NAE_ERA_R-1950_Eesti_Ajakirjanike_Liit, lk 86
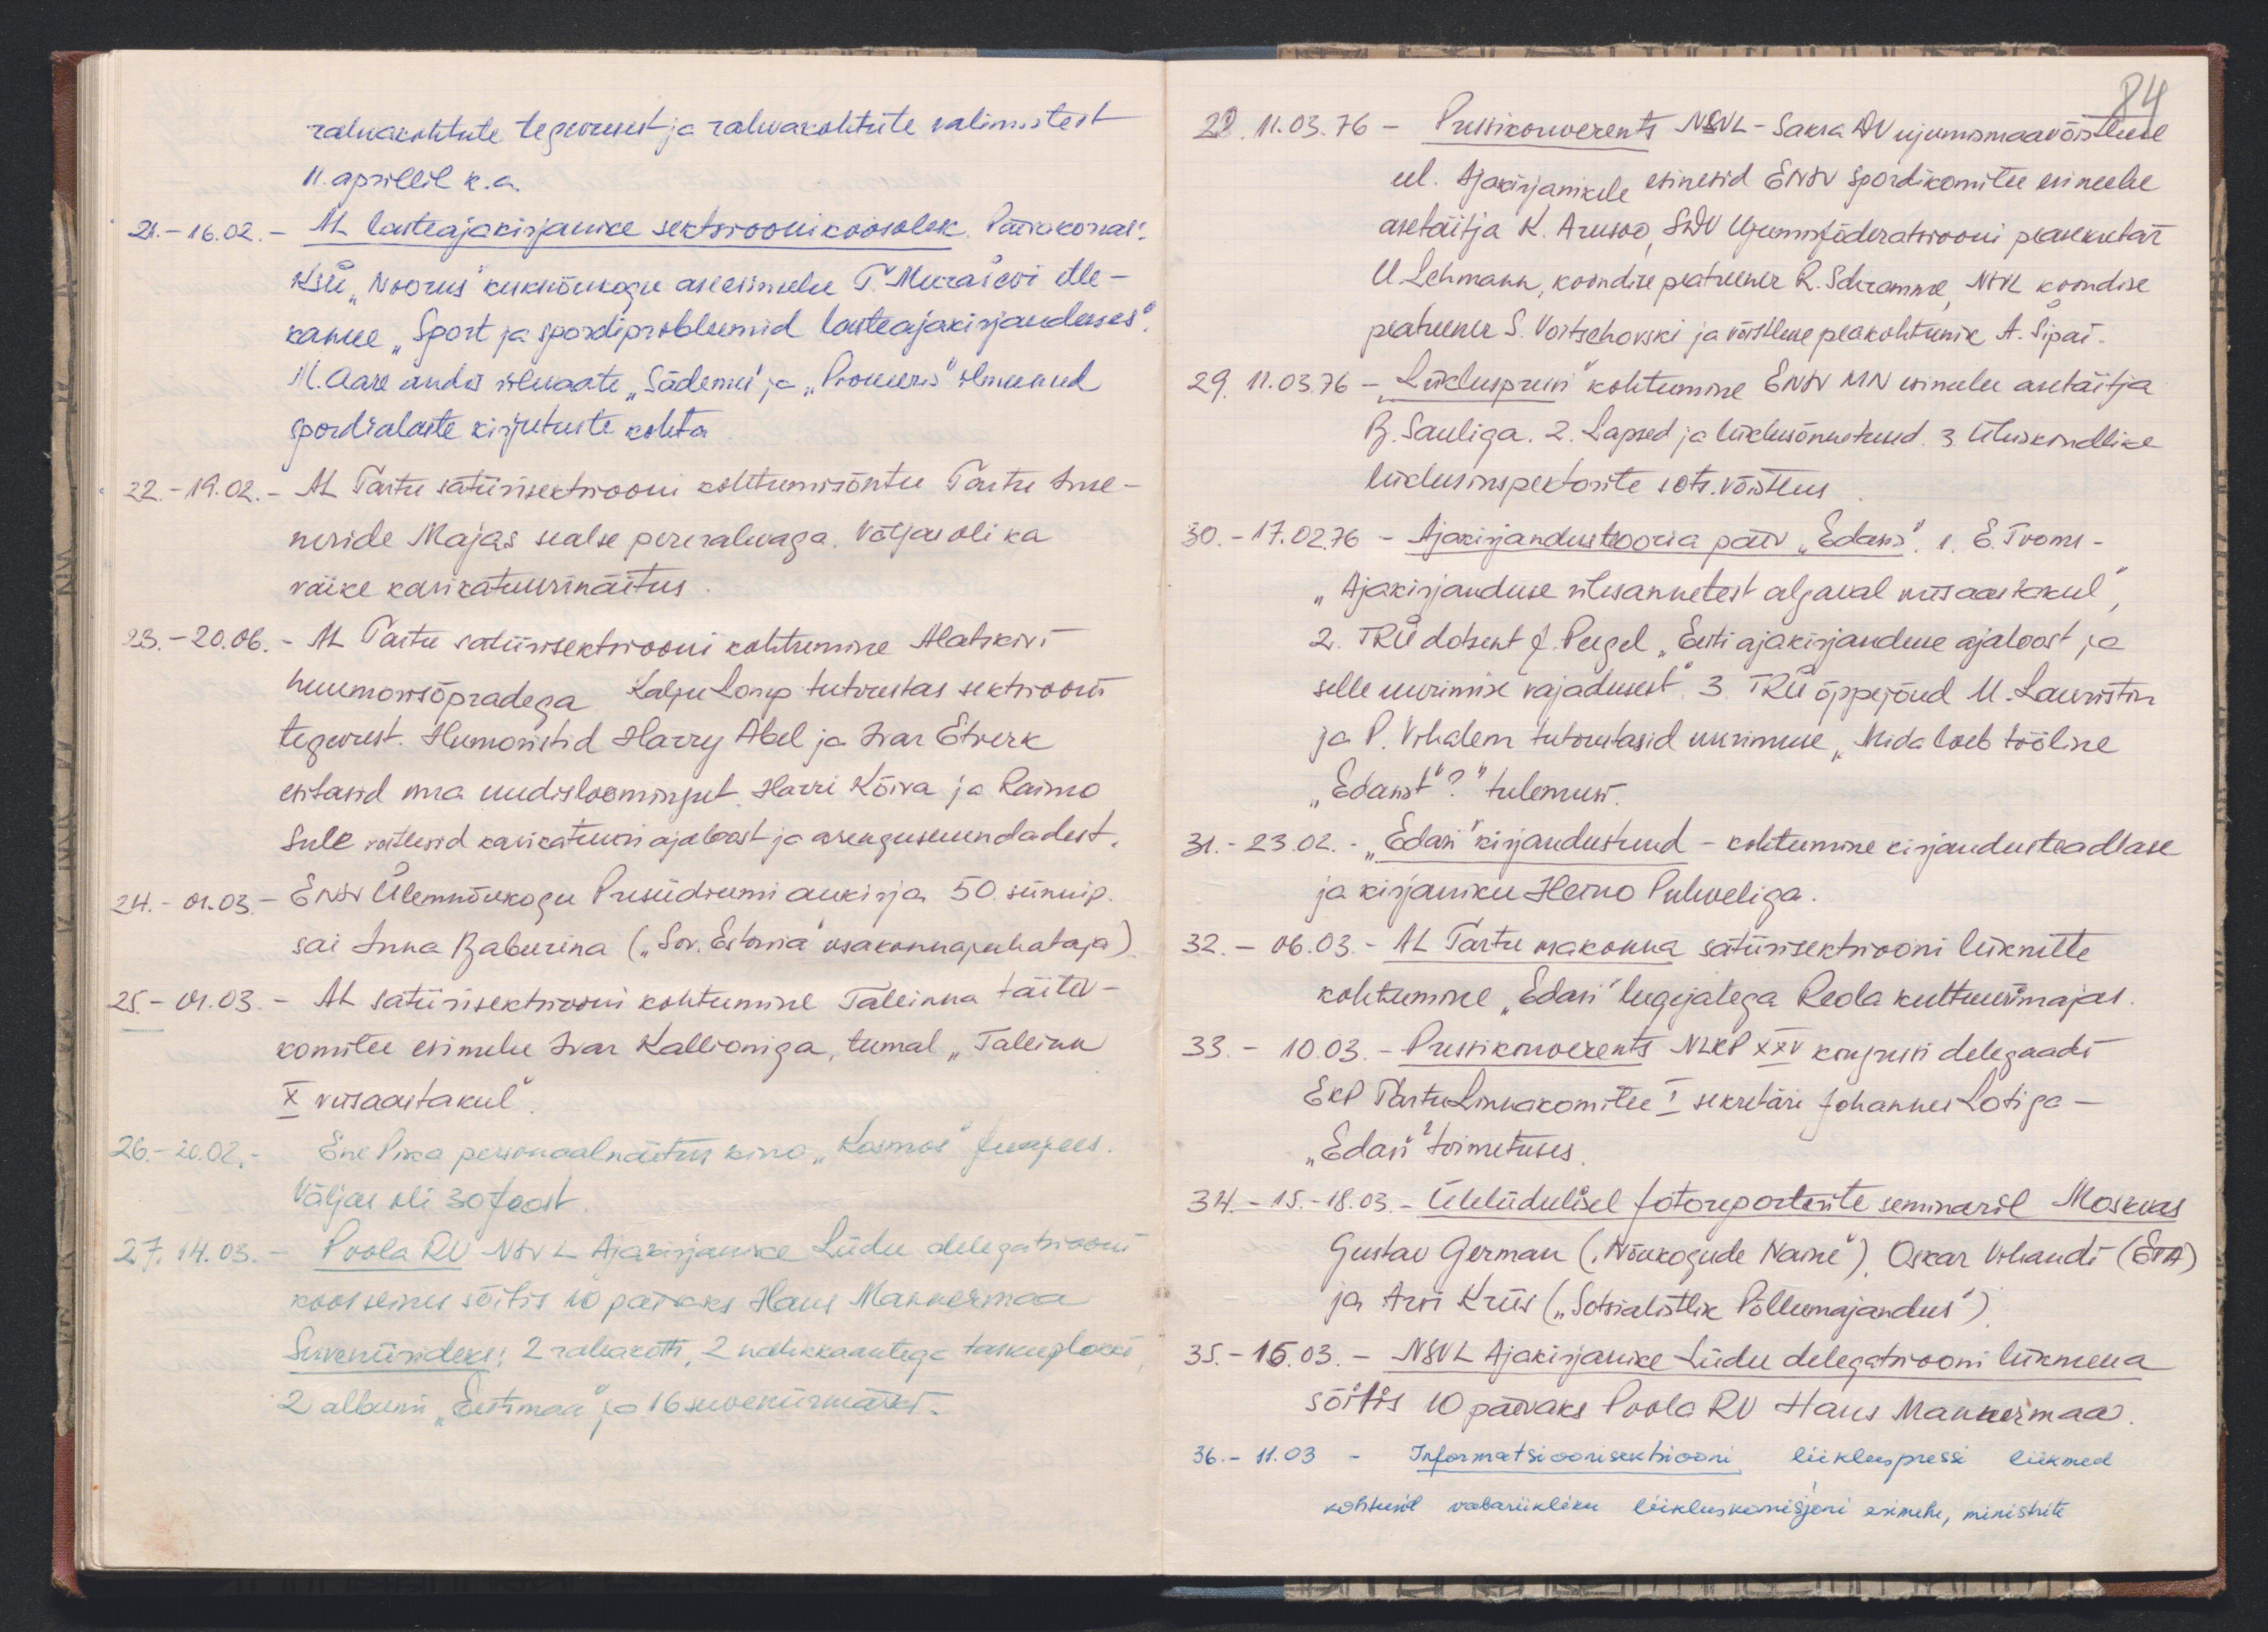
rahvakohtute tegevusest ja rahvakohtute valimistest
11. aprillil k.a.
21. - 16.02. AL lasteajakirjanike sektsioonikoosolek. Päevakorras:
KSÜ "Noorus" kesknõukogu aseesimehe T. Muraševi ette-
kanne "Sport ja spordiprobleemid lasteajakirjanduses".
M. Aare anda ülevaate "Sädemes" ja "Pioneeris" ilmunud
spordialaste kirjutuste kohta.
22. - 19.02. - AL Tartu satiirisektsiooni kohtumisõhtu Tartu Inse-
neride Majas sealse pererahvaga. Väljas oli ka
väike karikatuurinäitus.
23. - 20.06. - AL Tartu satiirisektsiooni kohtumine Alatskivi
huumorisõpradega. Kalju Lomp tutvustas sektsiooni
tegevust. Humoristid Harry Abel ja Ivar Etverk
esitasid oma uudisloomingut, Harri Kõiva ja Raimo
Sule vestlesid karikatuuriajaloost ja arengusuundadest
24. - 01.03. - ENSV Ülemõukogu Presiidiumi aukirja 50. sünnip.
sai Inna Baburina ("Sov. Estonia" osakonnajuhataja)
25. - 01.03. - AL satiirisektsiooni kohtumine Tallinna täitev-
komitee esimehe Ivar Kallioniga, teemal "Tallinn
X viisaastakul"
26.- 20.02. - Ene Pika personaalnäitus kino "Kosmos" fuajees.
Väljas oli 30 teost
27. 14.03. - Poola RV NSVL Ajakirjanike Liidu delegatsiooni
koosseisus sõitis 10 päevaks Hans Mannermaa
Suveniirideks: 2 rahakotti, 2 nahkkaantega taskuplokki
2 albumi "Eestimaa" ja 16 suveniirmärki.

84
20. 11.03.76 - Pressikonverents NSVL-Saksa DV ujumismaavõistluse
eel. Ajakirjanikele esinesid ENSV spordikomitee esimehe
asetäitja K. Arusoo, SDV Ujumisföderatsiooni peasekretär
U. Lehmann, koondise peatreener R. Schramme NSVL koondise
peatreener S. Voitschovski ja võistluse peakohtunik A. Šipai
29. 11.03.76 - "Liiklusprun" kohtumine ENSV MN esimehe asetäitja
B. Sauliga. 2. Lapsed ja liiklusõnnetused. 3. Ühiskondlike
liiduinspektorite sots. võistlus
30. - 17.02.76 - Ajakirjandusteooria päev "Edasis", 1, E. Tooms -
"Ajakirjanduse ülesannetest algaval viisaastakul"
2. TRÜ dotsent J. Peegel, Eesti ajakirjanduse ajaloost ja
selle uurimise vajadusest 3. TRÜ õppejõud M. Lauristin
ja P. Vihalem tutvustasid uurimuse "Mida loeb tööline
"Edasist"?" tulemusi
31. - 23.02. "Edasi" kirjandustund - kohtumine  kirjandusteadlase
ja kirjaniku Heino Puhveliga.
32. - 06.03. - AL Tartu maakonna satiirisektsiooni liikmete
kohtumine "Edasi" lugejatega Reola kultuurimajas.
33. - 10.03. - Pressikonverents NLKP XXV kongressi delegaadi
EKP Tartu Linnakomitee I sekretäri Johannes Lotiga -
"Edasi" toimetuses
34. - 15.-18.03. Üleliidulisel fotoreporterite seminaril Moskvas
Gustav German ("Nõukogude Naine") Oskar Vihandi (ETA)
ja Arvi Kriis ("Sotsialistlik Põllumajandus")
35. - 15.03. - NSVL Ajakirjanike Liidu delegatsiooni liikmetena
sõitis 10 päevaks Poola RV Hans Mannermaa
36. - 11.03 - Informatsioonisektsiooni liikluspressi liikmed
kohtusid vabariikliku liikluskomisjoni esimehe, ministrite